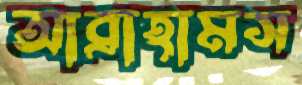
আব্রাহামস